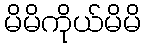
မိမိကိုယ်မိမိ